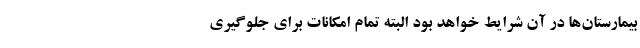
بیمارستان‌ها در آن شرایط خواهد بود البته تمام امکانات برای جلوگیری